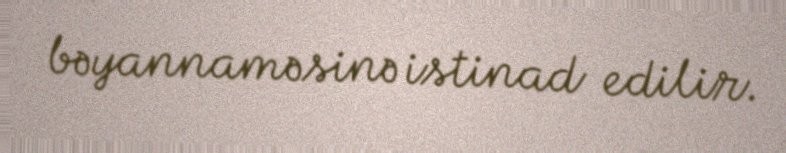
bəyannaməsinə istinad edilir.